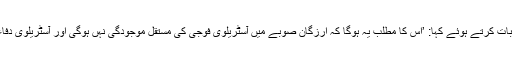
مسٹر سمتھ نے اخباری نمائندوں سے بات کرتے ہوئے کہا: ’اس کا مطلب یہ ہوگا کہ ارزگان صوبے میں آسٹریلوی فوجی کی مستقل موجودگی نہں ہوگی اور آسٹریلوی دفاعی فوجی کی اکثریت واپس جائے گی۔